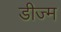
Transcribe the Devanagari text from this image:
डीज्म